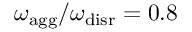
{ \omega _ { \mathrm { a g g } } / \omega _ { \mathrm { d i s r } } = 0 . 8 }